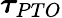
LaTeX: \boldsymbol{\tau}_{PTO}